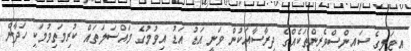
އިޓަލީގެ ސައިންސްވެރިންތަކެއްގެ ދިރާސާއަކުން ވަނީ އަޑު އަޑު އިވުމުގެ މައްސަލަތައް ކުރިމަތިވުމަކީ ހަދާން